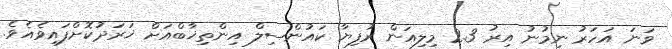
ވަނަ އަހަރު ނިމުނު އިރު 2.3 މިލިއަން ރުފިޔާ ކައުންސިލް އިންތިޚާބްއަށް ޚަރަދުކޮށްފައިވެއެވެ.